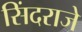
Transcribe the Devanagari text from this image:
सिंदराजे